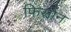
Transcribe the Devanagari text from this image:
फिसोन